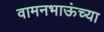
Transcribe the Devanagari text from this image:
वामनभाऊंच्या